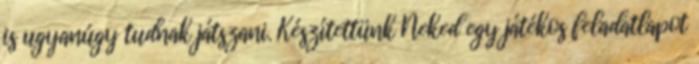
is ugyanúgy tudnak játszani. Készítettünk Neked egy játékos feladatlapot